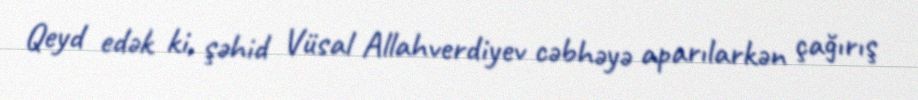
Qeyd edək ki, şəhid Vüsal Allahverdiyev cəbhəyə aparılarkən çağırış